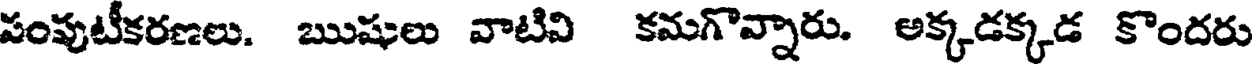
పంపుటీకరణలు. ఋషులు వాటివి కమగొన్నారు. అక్కడక్కడ కొందరు